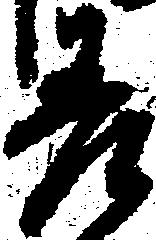
差